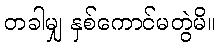
တခါမျှ နှစ်ကောင်မတွဲမိ။